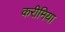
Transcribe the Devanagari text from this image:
करीमिया